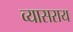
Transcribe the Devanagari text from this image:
व्यासराय